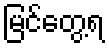
မြင်တွေ့ရ